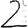
Digit: 2